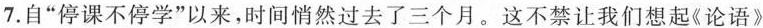
7.自”停课不停学”以来，时间悄然过去了三个月。这不禁让我们想起《论语》